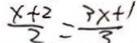
\frac { x + 2 } { 2 } = \frac { 3 x + 1 } { 3 }